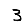
Digit: 3